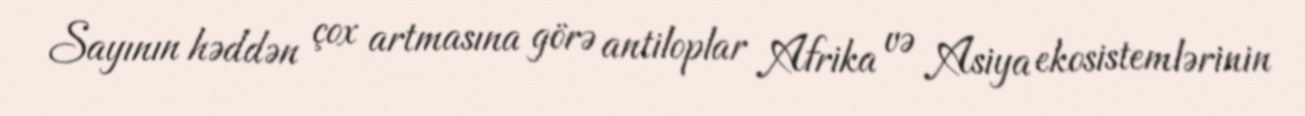
Sayının həddən çox artmasına görə antiloplar Afrika və Asiya ekosistemlərinin